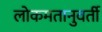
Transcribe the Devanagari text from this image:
लोकमतानुवर्ती